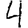
Digit: 4